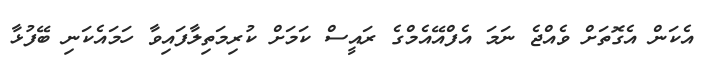
އެކަން އެގޮތަށް ވެއްޖެ ނަމަ އެފްއޭއެމްގެ ރައީސް ކަމަށް ކުރިމަތިލާފައިވާ ހަމައެކަނި ބޭފުޅާ